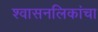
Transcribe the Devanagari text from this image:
श्वासनलिकांचा